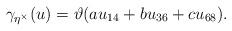
LaTeX: \begin{align*}\gamma_{\eta^\times}(u) = \vartheta(au_{14}+bu_{36}+cu_{68}).\end{align*}